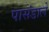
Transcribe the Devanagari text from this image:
पासंडाले